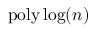
\ensuremath { \operatorname { p o l y } } \log ( n )